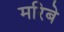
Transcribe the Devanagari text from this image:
मरिबे